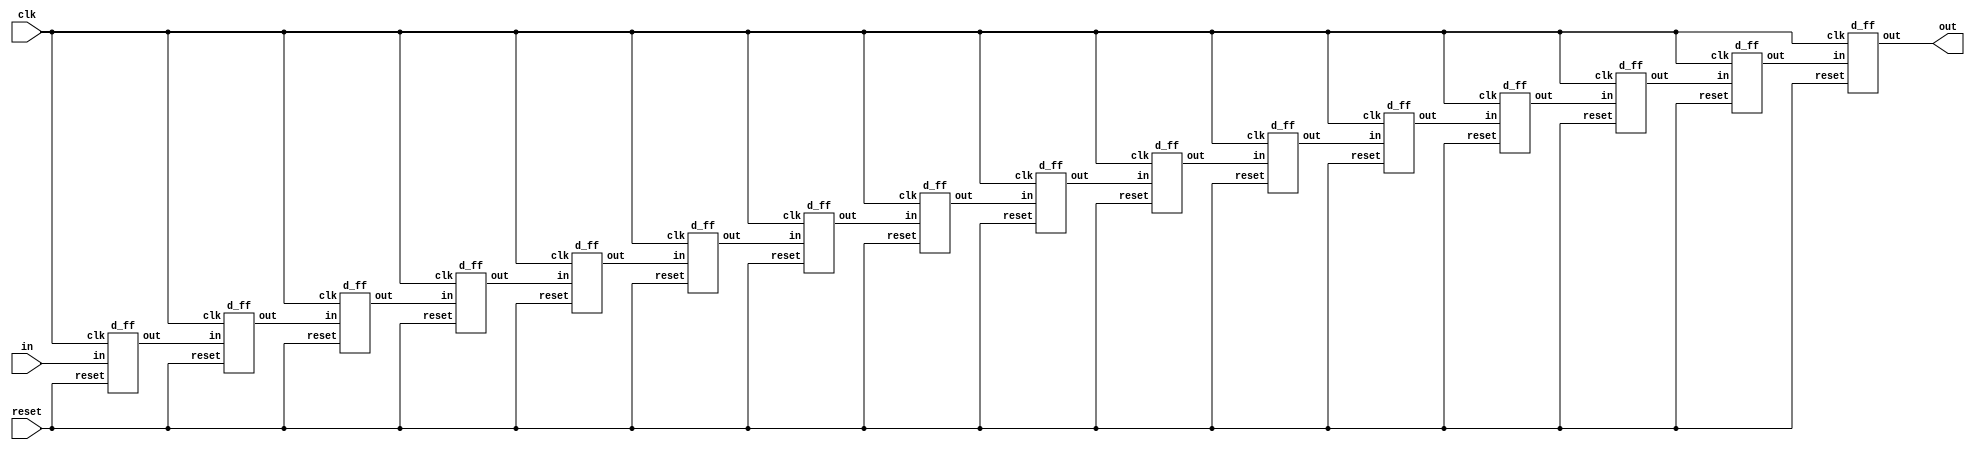
// Desgin a 16-bit shift register to perform to serial-in and serail-out operation.

module siso_register_16(output out,
                       input in, clk, reset);

wire [14:0] t_in;

d_ff f0(t_in[0], in, clk, reset);
d_ff f1(t_in[1], t_in[0], clk, reset);
d_ff f2(t_in[2], t_in[1], clk, reset);
d_ff f3(t_in[3], t_in[2], clk, reset);
d_ff f4(t_in[4], t_in[3], clk, reset);
d_ff f5(t_in[5], t_in[4], clk, reset);
d_ff f6(t_in[6], t_in[5], clk, reset);
d_ff f7(t_in[7], t_in[6], clk, reset);
d_ff f8(t_in[8], t_in[7], clk, reset);
d_ff f9(t_in[9], t_in[8], clk, reset);
d_ff f10(t_in[10], t_in[9], clk, reset);
d_ff f11(t_in[11], t_in[10], clk, reset);
d_ff f12(t_in[12], t_in[11], clk, reset);
d_ff f13(t_in[13], t_in[12], clk, reset);
d_ff f14(t_in[14], t_in[13], clk, reset);
d_ff f15(out, t_in[14], clk, reset);

endmodule


module d_ff(output reg out,
            input in, clk, reset);

always @ (posedge reset or negedge clk)
begin
    if (reset)
    out <= 1'b0;
    else
    out <= in;
end

endmodule